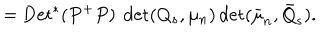
LaTeX: = \mathrm { D e t } ^ { * } ( P ^ { + } P ) ~ \det ( Q _ { s } , \mu _ { n } ) \det ( \bar { \mu } _ { n } , \bar { Q } _ { s } ) .